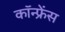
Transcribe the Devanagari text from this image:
कॉन्‍फ्रेंस